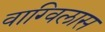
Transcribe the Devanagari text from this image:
वाग्विलास